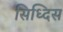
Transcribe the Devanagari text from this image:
सिध्दिस